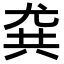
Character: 𡯯